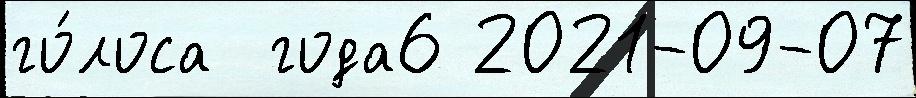
го́лоса  года6 2021-09-07